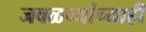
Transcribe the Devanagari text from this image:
जवळच्यांच्याही